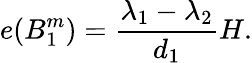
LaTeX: e(B_{1}^{m})={\frac{\lambda_{1}-\lambda_{2}}{d_{1}}}H.